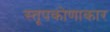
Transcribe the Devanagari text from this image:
स्तूपकोणाकार